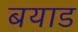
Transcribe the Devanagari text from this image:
बयाड